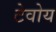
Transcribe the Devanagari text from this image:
टेवोय